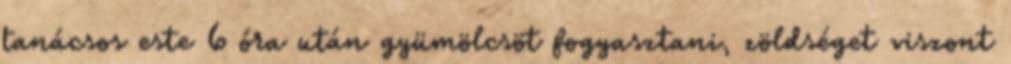
tanácsos este 6 óra után gyümölcsöt fogyasztani, zöldséget viszont